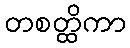
တစတ္ထိကာ